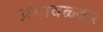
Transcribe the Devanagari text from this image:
प्रभावळ्कर